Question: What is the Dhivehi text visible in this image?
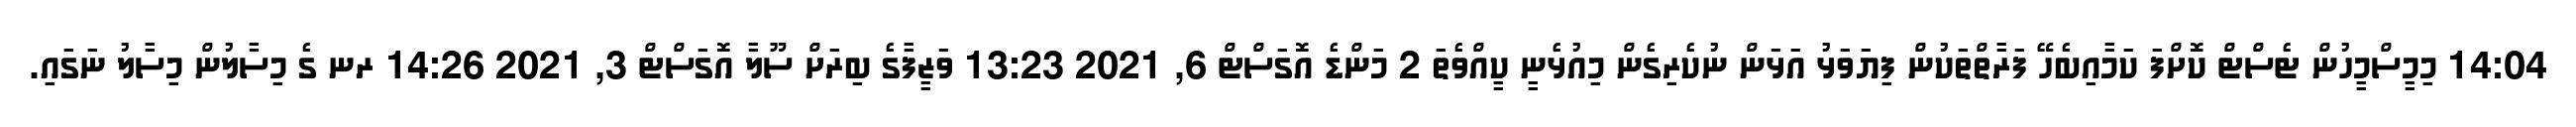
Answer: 14:04 މިމީސްމީހުން ޓެސްޓް ކޮށްފަ ކަމާއިބެހޭ ފަރާތްތަކުން ފިޔަވަޅު އަޅަން ނުކެރިގެން މިއުޅެނީ ކީއްވެތަ 2 މަންޑެ އޮގަސްޓް 6, 2021 13:23 ވަޒީފާގެ ބިރަށް ސޫލާ އޮގަސްޓް 3, 2021 14:26 ރނ ގެ މިސާލުން މިސާލު ނަގައި.